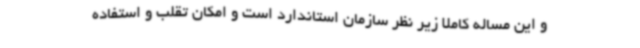
و این مساله کاملا زیر نظر سازمان استاندارد است و امکان تقلب و استفاده